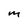
Character: M